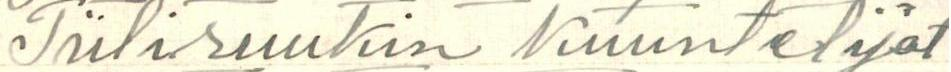
Tiiliruukin kuuntelijat